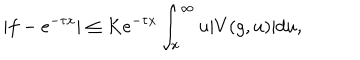
LaTeX: | f - e ^ { - \tau x } | \leq K e ^ { - \tau x } \int _ { x } ^ { \infty } u | V ( g , u ) | d u ,